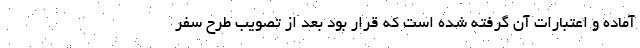
آماده و اعتبارات آن گرفته شده است که قرار بود بعد از تصویب طرح سفر